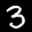
Label: 3